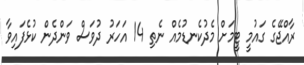
ރާއްޖޭގެ ގައުމީ ޓީމަށް މެދުކެނޑުމެއް ނެތި 14 އަހަރު ދުވަސް ވަންދެން ކުޅެފައިވާ